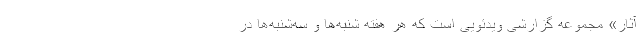
آثار» مجموعه‌ گزارشی ویدئویی است که هر هفته شنبه‌ها و سه‌شنبه‌ها در